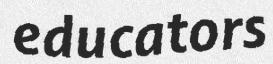
educators